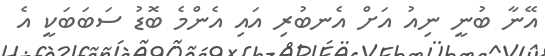
އޭނާ ބުނީ ނިއު އަށް އެނބުރި އައި އެންމެ ބޮޑު ސަބަބަކީ އެ